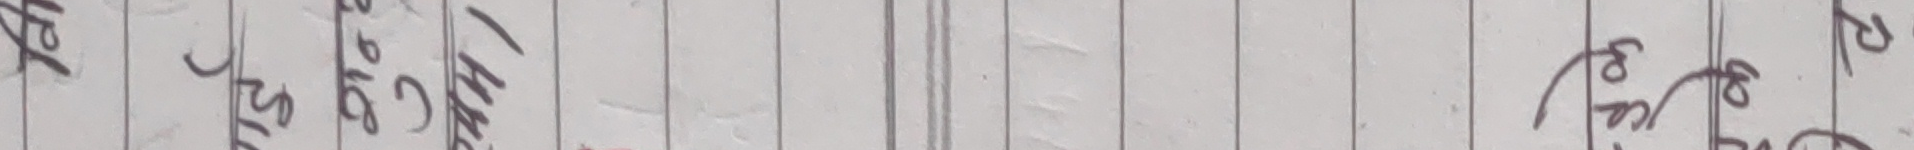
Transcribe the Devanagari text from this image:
प्र अँ ल साँ हा हाँ ने
त स ट त भ इ पे